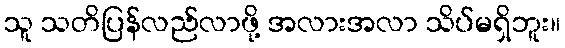
သူ သတိပြန်လည်လာဖို့ အလားအလာ သိပ်မရှိဘူး။